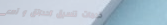
خدمات تنسيق الحدائق و تصم